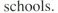
schools.